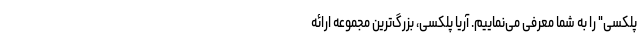
پلکسی" را به شما معرفی می‌نماییم. آریا پلکسی، بزرگ‌ترین مجموعه ارائه